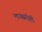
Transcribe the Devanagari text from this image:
लायब्ररीही